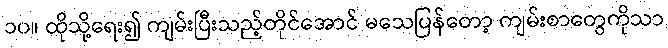
၁၀။ ထိုသို့ရေး၍ ကျမ်းပြီးသည့်တိုင်အောင် မသေပြန်တော့ ကျမ်းစာတွေကိုသာ